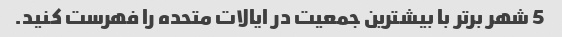
5 شهر برتر با بیشترین جمعیت در ایالات متحده را فهرست کنید.